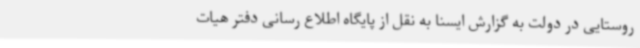
روستایی در دولت به گزارش ایسنا به نقل از پایگاه اطلاع رسانی دفتر هیات